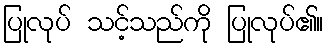
ပြုလုပ် သင့်သည်ကို ပြုလုပ်၏။